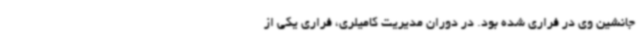
جانشین وی در فراری شده بود. در دوران مدیریت کامیلری، فراری یکی از